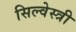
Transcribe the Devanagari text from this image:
सिल्वेस्त्री